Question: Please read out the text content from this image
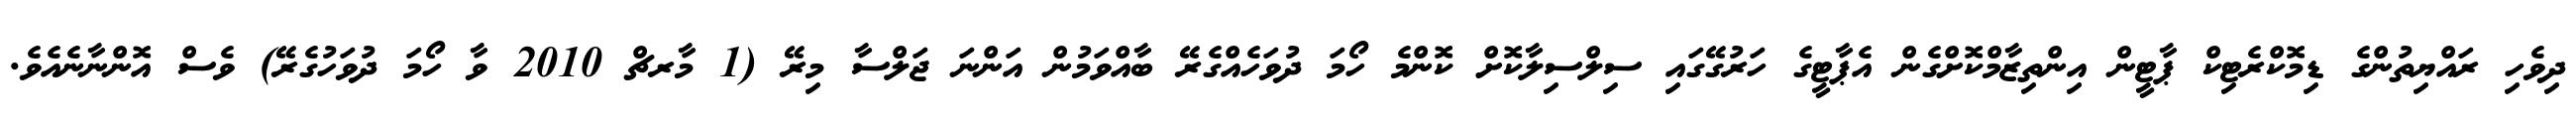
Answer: ދިވެހި ރައްޔިތުންގެ ޑިމޮކްރެޓިކް ޕާޓީން އިންތިޒާމްކޮށްގެން އެޕާޓީގެ ހަރުގޭގައި ސިލްސިލާކޮށް ކޮންމެ ހޯމަ ދުވަހެއްގެރޭ ބާއްވަމުން އަންނަ ޖަލްސާ މިރޭ (1 މާރޗް 2010 ވާ ހޯމަ ދުވަހުގެރޭ) ވެސް އޮންނާނެއެވެ.